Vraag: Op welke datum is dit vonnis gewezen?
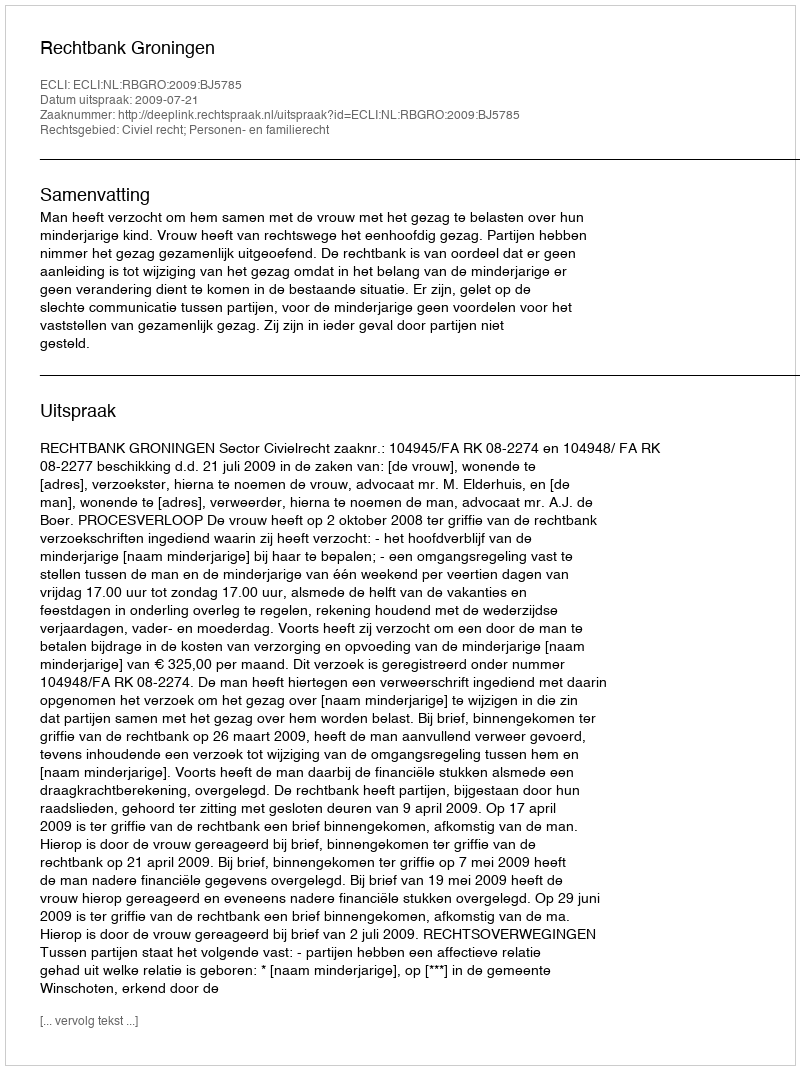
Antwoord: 2009-07-21